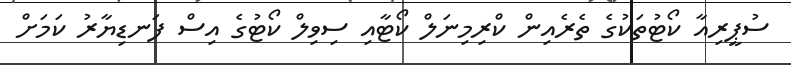
ސުޕީރިއާ ކޯޓުތަކުގެ ތެރެއިން ކްރިމިނަލް ކޯޓާއި ސިވިލް ކޯޓުގެ އިސް ފަނޑިޔާރު ކަމަށް